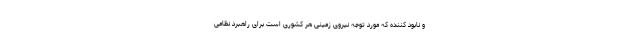
و نابود کننده که مورد توجه نیروی زمینی هر کشوری است برای راهبرد نظامی